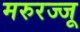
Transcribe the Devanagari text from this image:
मरुरज्जू